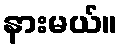
နားမယ်။